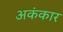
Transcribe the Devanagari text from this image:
अकंकार